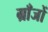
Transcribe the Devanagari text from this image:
ग्राँजों